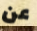
عن